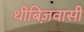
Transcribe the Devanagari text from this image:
थीबिज़वासी